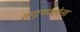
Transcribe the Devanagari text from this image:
राष्ट्रध्यक्षांना